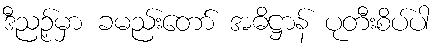
ဒီညဉ့်မှာ ခမည်းတော် အဓိဋ္ဌာန် ပုတီးစိပ်ပါ